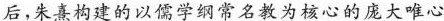
后，朱熹构建的以儒学纲常名教为核心的庞大唯心